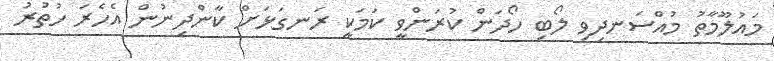
މައުލޫމާތު މުއްސަނދިވި ލޯބި ހޯދަން ކުރަންވީ ކަމަކީ ރަނގަޅަށް ކާންދިނުން އެހެރަ ހުތުރު